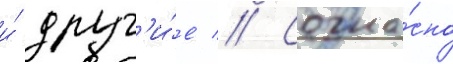
и́ друг'и́е // Согла́сно